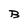
Character: B